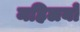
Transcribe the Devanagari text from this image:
महिलयों